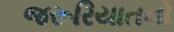
જરૂરિયાતનો